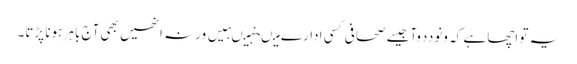
یہ تو اچھا ہے کہ ونوددوآجیسے صحافی کسی ادارے میںنہیںہیں ورنہ انھیں بھی آج باہر ہونا پڑتا۔